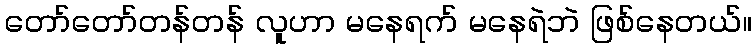
တော်တော်တန်တန် လူဟာ မနေရက် မနေရဲဘဲ ဖြစ်နေတယ်။